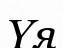
Үя